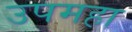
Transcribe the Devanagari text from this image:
उपमहा